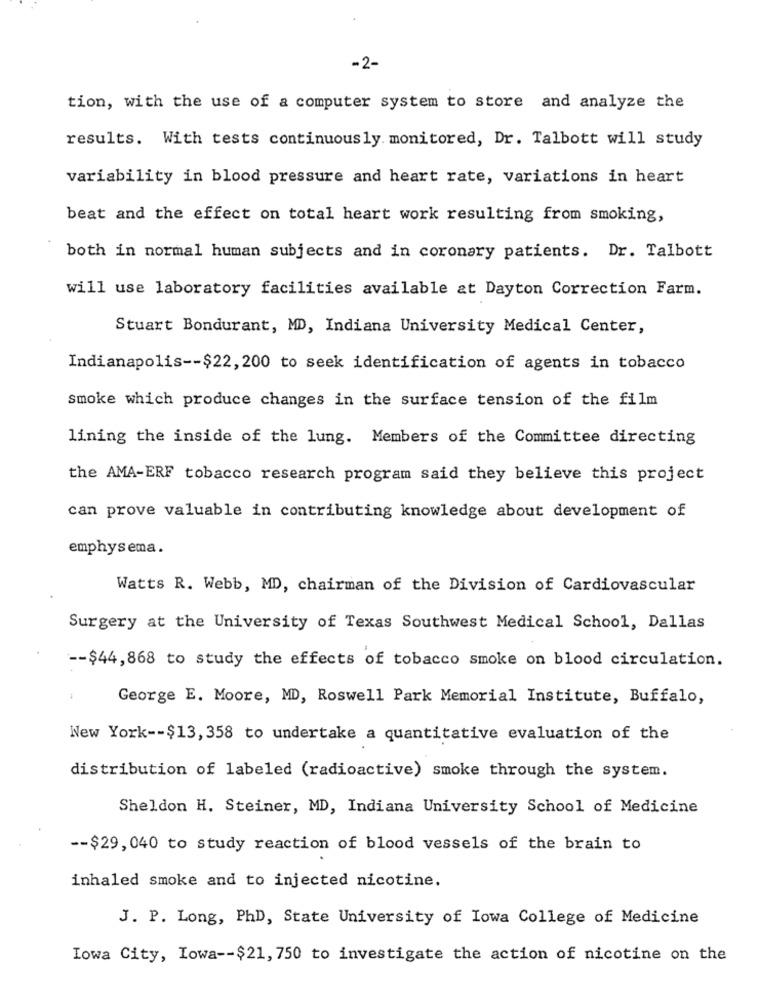
-2-
tion, with the use of a computer system to store and analyze the
results. With tests continuously. monitored, Dr. Talbott will study
variability in blood pressure and heart rate, variations in heart
beat and the effect on total heart work resulting from smoking,
both in normal human subjects and in coronary patients. Dr. Talbott
will use laboratory facilities available at Dayton Correction Farm.
Stuart Bondurant, MD, Indiana University Medical Center,
Indianapolis -- $22,200 to seek identification of agents in tobacco
smoke which produce changes in the surface tension of the film
lining the inside of the lung. Members of the Committee directing
the AMA-ERF tobacco research program said they believe this project
can prove valuable in contributing knowledge about development of
emphysema.
Watts R. Webb, MD, chairman of the Division of Cardiovascular
Surgery at the University of Texas Southwest Medical School, Dallas
-- $44,868 to study the effects of tobacco smoke on blood circulation.
George E. Moore, MD, Roswell Park Memorial Institute, Buffalo,
New York -- $13, 358 to undertake a quantitative evaluation of the
distribution of labeled (radioactive) smoke through the system.
Sheldon H. Steiner, MD, Indiana University School of Medicine
-- $29, 040 to study reaction of blood vessels of the brain to
inhaled smoke and to injected nicotine.
J. P. Long, PhD, State University of Iowa College of Medicine
Iowa City, Iowa -- $21, 750 to investigate the action of nicotine on the